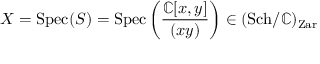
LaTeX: X = \operatorname { S p e c } ( S ) = \operatorname { S p e c } \left( { \frac { \mathbb { C } [ x , y ] } { ( x y ) } } \right) \in ( { \operatorname { S c h } } / \mathbb { C } ) _ { \mathrm { Z a r } }